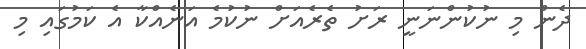
ދެން މި ނުކުންނަނީ ރަށު ތެރެއަށް ނުކުމެ އަނެއްކާ އެ ކަމުގައި މި